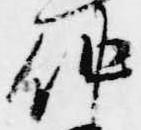
仲